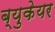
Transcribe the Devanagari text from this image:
ब्युकेयर